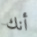
أنك